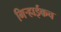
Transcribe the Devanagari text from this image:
गिर्‍हाईकच